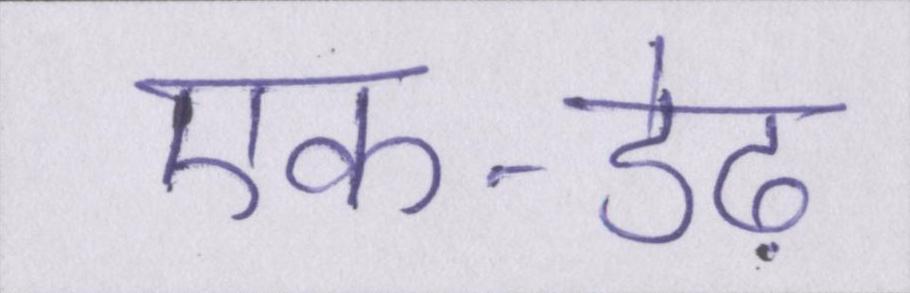
एक-डेढ़